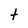
Character: t